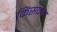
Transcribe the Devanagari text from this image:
किंसमेन